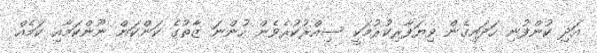
އަދި ކުންފުނި ހަދައިގެން ވިޔަފާރިކުރުމަކީ ސިއްރުކުރެވެން ހުންނަ ޒާތުގެ ކަންކަން ނޫންކަމާއި ކަމެއް